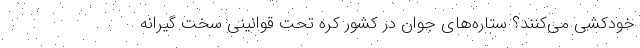
خودکشی می‌کنند؟ ستاره‌های جوان در کشور کره تحت قوانینی سخت گیرانه